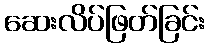
ဆေးလိပ်ဖြတ်ခြင်း